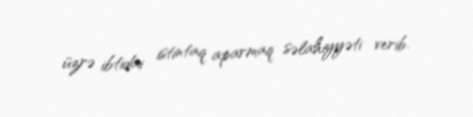
üzrə ibtidai istintaq aparmaq səlahiyyəti verib.